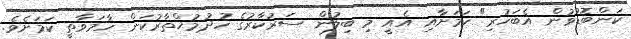
ކަންބޮޑުވުން އެބަހުރި" ކަމަށާއި އެއީ މި ބިލުން ސަރުކާރުގެ ހުދުމުޚްތާރުކަން ހާމަވާތީ ކަމަށެވެ.